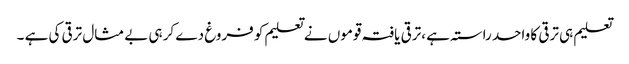
تعلیم ہی ترقی کا واحد راستہ ہے ،ترقی یافتہ قوموں نے تعلیم کو فروغ دے کر ہی بے مثال ترقی کی ہے ۔